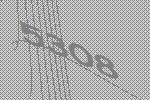
5308